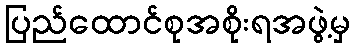
ပြည်ထောင်စုအစိုးရအဖွဲ့မှ